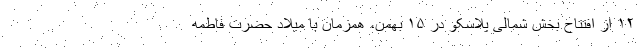
۱۲ از افتتاح بخش شمالی پلاسکو در ۱۵ بهمن، همزمان با میلاد حضرت فاطمه